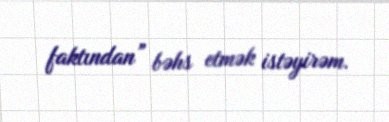
faktından” bəhs etmək istəyirəm.